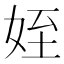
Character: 姪